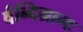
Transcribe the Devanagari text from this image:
र्वन्दिग्रामः